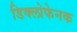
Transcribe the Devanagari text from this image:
डिक्लोफेनक